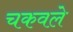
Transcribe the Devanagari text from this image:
चकवले